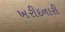
ખરીદનારી